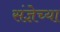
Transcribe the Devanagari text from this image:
संज्ञेच्या